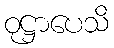
ဝုဋ္ဌာပေသိ